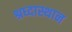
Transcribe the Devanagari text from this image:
श्रध्दास्थान